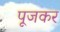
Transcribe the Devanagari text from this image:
पूजकर